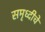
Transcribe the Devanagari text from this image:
समृध्‍दीचे